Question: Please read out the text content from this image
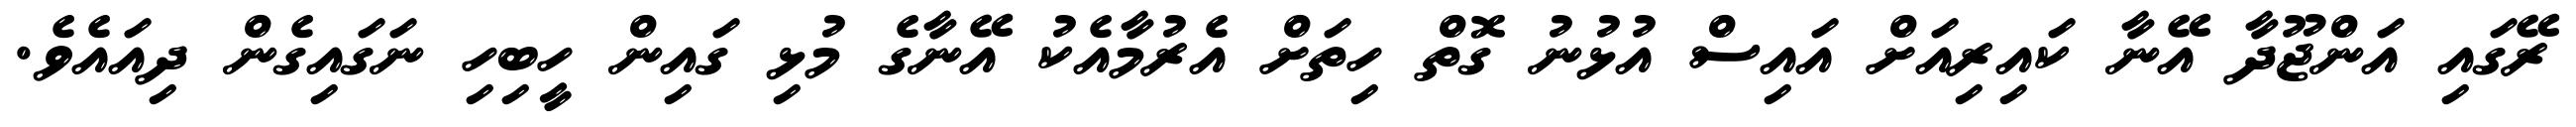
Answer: ރޭގައި އަންޖޫދާ އޭނާ ކައިރިއަށް އައިސް އުޅުނު ގޮތް ހިތަށް އެރުމާއެކު އޭނާގެ މުޅި ގައިން ހީބިހި ނަގައިގެން ދިއައެވެ.